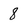
Character: 8